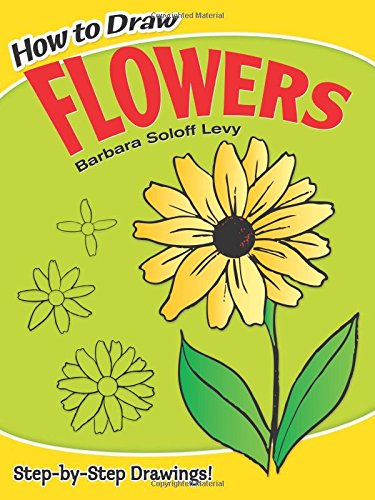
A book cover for How to Draw Flowers (Dover How to Draw); Barbara Soloff Levy; Children's Books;